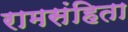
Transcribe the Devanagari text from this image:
रामसंहिता